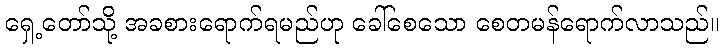
ရှေ့တော်သို့ အခစားရောက်ရမည်ဟု ခေါ်စေသော စေတမန်ရောက်လာသည်။